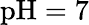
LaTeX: \mathrm{pH}=7